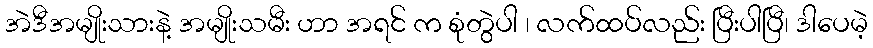
အဲဒီအမျိုးသားနဲ့ အမျိုးသမီး ဟာ အရင် က စုံတွဲပါ ၊ လက်ထပ်လည်း ပြီးပါပြီ၊ ဒါပေမဲ့